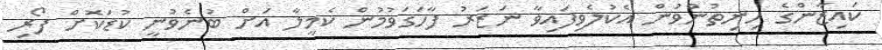
ކައިޒާންގެ ހިނިތުންވުން އެކުލެވިފައިވާ ނަޒަރު ފާހަގަވުމުން ކެމީލާ އަށް ބުނެވުނީ ކުޑަކޮށް ފޯރި